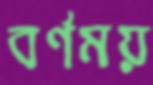
বর্ণময়